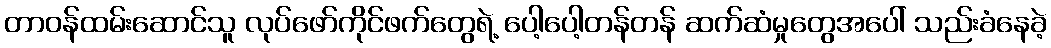
တာဝန်ထမ်းဆောင်သူ လုပ်ဖော်ကိုင်ဖက်တွေရဲ့ ပေါ့ပေါ့တန်တန် ဆက်ဆံမှုတွေအပေါ် သည်းခံနေခဲ့